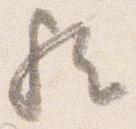
歟